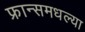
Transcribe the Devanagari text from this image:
फ्रान्समधल्या